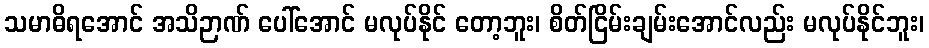
သမာဓိရအောင် အသိဉာဏ် ပေါ်အောင် မလုပ်နိုင် တော့ဘူး၊ စိတ်ငြိမ်းချမ်းအောင်လည်း မလုပ်နိုင်ဘူး၊